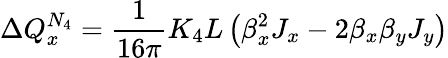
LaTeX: \Delta Q_{x}^{N_{4}}=\frac{1}{16\pi}K_{4}L\left(\beta_{x}^{2}J_{x}-2\beta_{x}\beta_{y}J_{y}\right)